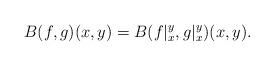
LaTeX: \begin{align*}B(f,g)(x,y)=B(f|_x^y,g|_x^y)(x,y).\end{align*}